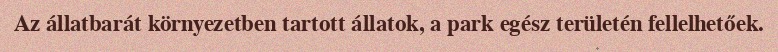
Az állatbarát környezetben tartott állatok, a park egész területén fellelhetőek.